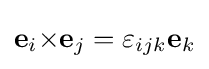
\mathbf {e} _{i}\mathbf {\times } \mathbf {e} _{j}=\varepsilon _{ijk}\mathbf {e} _{k}